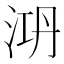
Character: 㳩